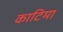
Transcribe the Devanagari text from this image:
काटिमा